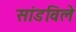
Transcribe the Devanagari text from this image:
सांडविले